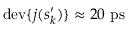
\mathrm { d e v } \{ j ( s _ { k } ^ { \prime } ) \} \approx 2 0 ~ \mathrm { p s }